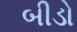
બીડો